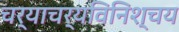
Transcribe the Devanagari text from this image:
चर्याचर्यविनिश्चय